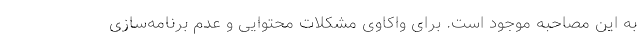
به این مصاحبه موجود است. برای واکاوی مشکلات محتوایی و عدمِ برنامه‌سازی